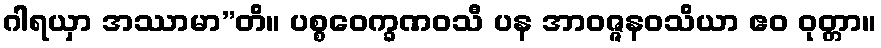
ဂါရယှာ အဿာမာ”တိ။ ပစ္စဝေက္ခဏဝသီ ပန အာဝဇ္ဇနဝသိယာ ဧဝ ဝုတ္တာ။